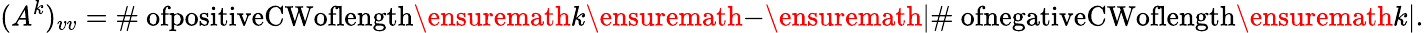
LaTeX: (A^{k})_{vv}=\textnormal{\# ofpositiveCWoflength}\ensuremath{k}\ensuremath{-}\ensuremath{\lvert\textnormal{\# ofnegativeCW}\textnormal{oflength}\ensuremath{k}\rvert}.